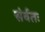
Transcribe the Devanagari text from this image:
संर्वतः